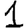
Digit: 1